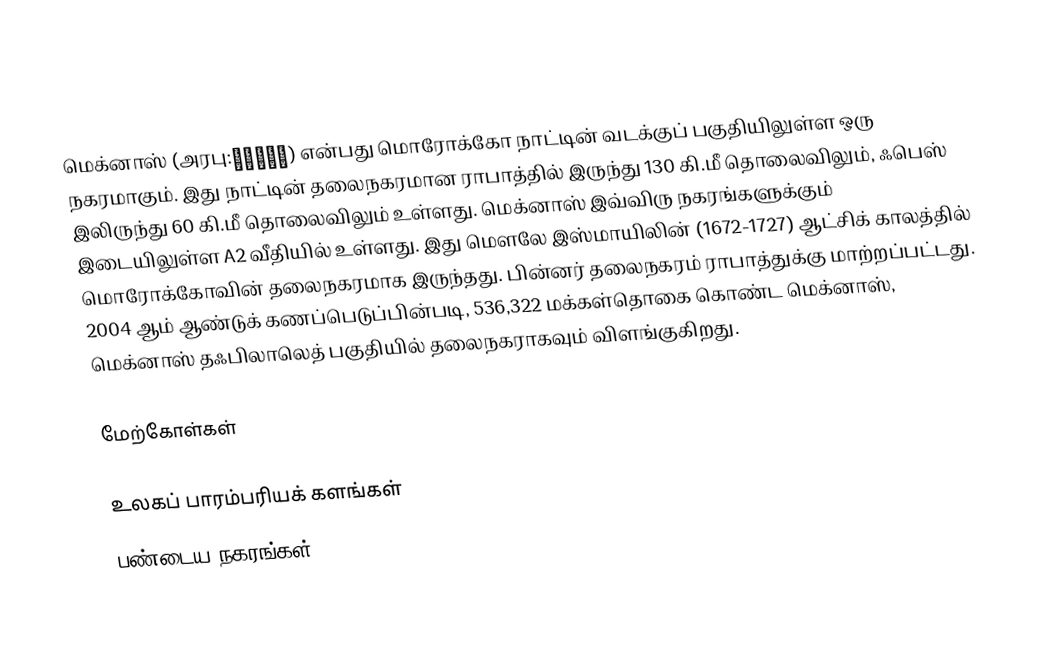
மெக்னாஸ் (அரபு:مكناس) என்பது மொரோக்கோ நாட்டின் வடக்குப் பகுதியிலுள்ள ஒரு நகரமாகும். இது நாட்டின் தலைநகரமான ராபாத்தில் இருந்து 130 கி.மீ தொலைவிலும், ஃபெஸ் இலிருந்து 60 கி.மீ தொலைவிலும் உள்ளது. மெக்னாஸ் இவ்விரு நகரங்களுக்கும் இடையிலுள்ள A2 வீதியில் உள்ளது. இது மௌலே இஸ்மாயிலின் (1672-1727) ஆட்சிக் காலத்தில் மொரோக்கோவின் தலைநகரமாக இருந்தது. பின்னர் தலைநகரம் ராபாத்துக்கு மாற்றப்பட்டது. 2004 ஆம் ஆண்டுக் கணப்பெடுப்பின்படி, 536,322 மக்கள்தொகை கொண்ட மெக்னாஸ், மெக்னாஸ் தஃபிலாலெத் பகுதியில் தலைநகராகவும் விளங்குகிறது.

மேற்கோள்கள்

உலகப் பாரம்பரியக் களங்கள்
பண்டைய நகரங்கள்